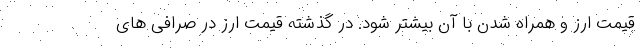
قیمت ارز و همراه شدن با آن بیشتر شود. در گذشته قیمت ارز در صرافی های